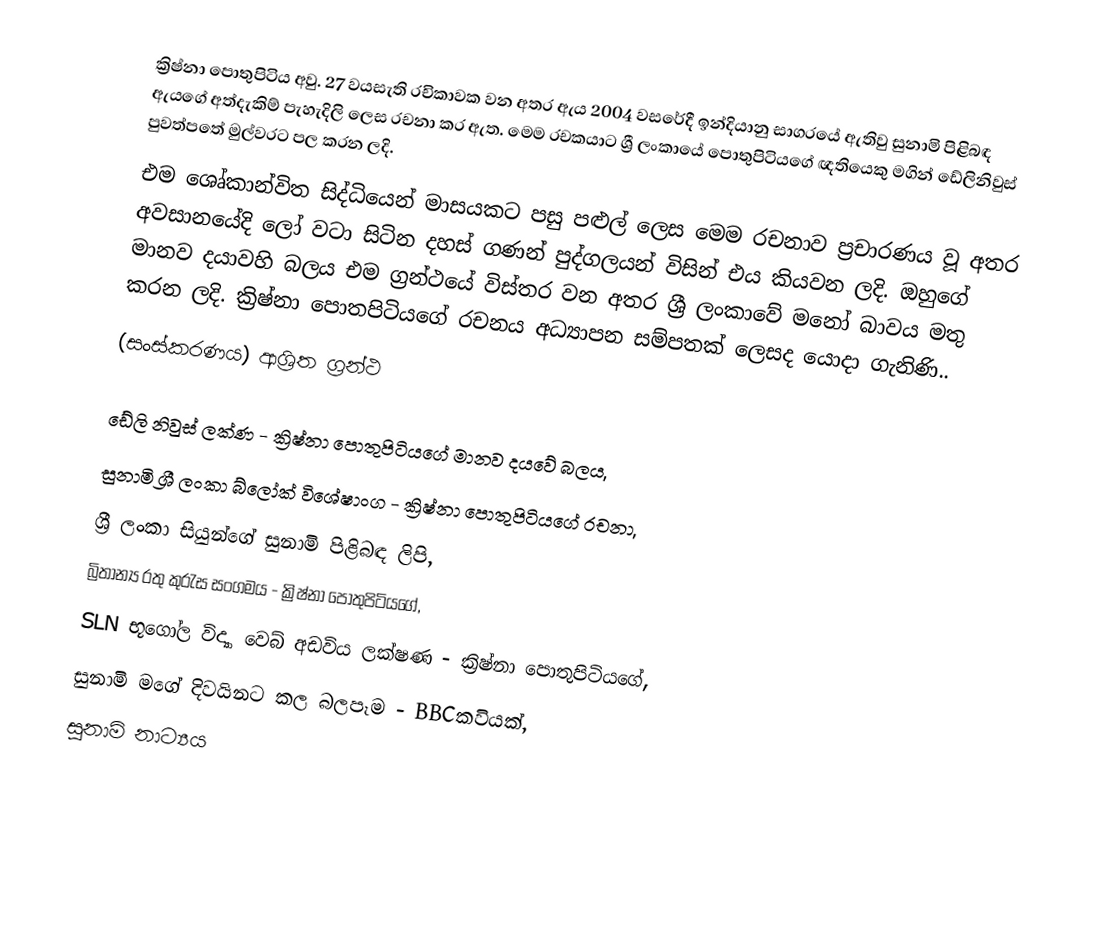
ක්‍රිෂ්නා පොතුපිටිය අවු. 27 වයසැති රචිකාවක  වන අතර ඇය 2004 වසරේදී ඉන්දියානු සාගරයේ ඇතිවු සුනාමි පිළිබඳ ඇයගේ අත්දැකිම් පැහැදිලි ලෙස රචනා කර ඇත. මෙම රචකයාට ශ්‍රී ලංකායේ පොතුපිටියගේ ඥතියෙකු මගින් ‍ඩේලිනිවුස් පුවත්පතේ මුල්වරට පල කරන ලදි.
එම ශෙෘ්කාන්විත සිද්ධියෙන් මාසයකට පසු පළුල් ලෙස මෙම රචනාව ප්‍රචාරණය වූ අතර අවසානයේදි ලෝ වටා සිටින දහස් ගණන් පුද්ගලයන් විසින් එය කියවන ලදි. ඔහුගේ මානව දයාවහි බලය එම ග්‍රන්ථයේ විස්තර වන අතර ශ්‍රී ලංකාවේ මනෝ බාවය මතු කරන ලදි. ක්‍රිෂ්නා පොතපිටියගේ ‍රචනය අධ්‍යාපන සම්පතක් ලෙසද යොදා ගැනිණි..
(සංස්කරණය) ආශ්‍රිත ග්‍රන්ථ

ඩේලි නිවුස් ලක්ණ - ක්‍රිෂ්නා පොතුපිටියගේ මානව දයවේ බලය,
සුනාමි ශ්‍රී ලංකා බ්ලෝක් විශේෂාංග - ක්‍රිෂ්නා පොතුපිටියගේ රචනා,
ශ්‍රී ලංකා සියුන්ගේ සුනාමි පිළිබඳ ලිපි,
බ්‍රිතාන්‍ය රතු කුරැස සංගමය - ක්‍රිෂ්නා පොතුපිටියගේ,
SLN භූගෝල විද්‍යා වෙබ් අඩවිය ලක්ෂණ - ක්‍රිෂ්නා පොතුපිටියගේ,
සුනාමි මගේ දිවයිනට කල බලපෑම -  BBCකවියක්,
සුනාමි නාට්‍යය